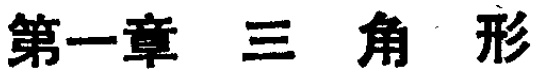
第一章 三 角 形